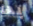
بها